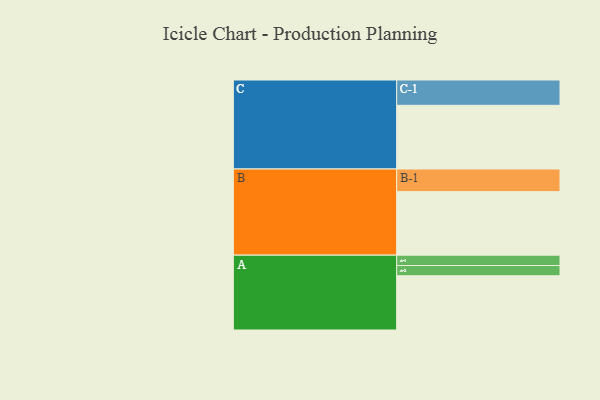
{"axis": {"x": "Segment", "y": "Value"}, "legend": ["", "A", "B", "C"], "data": [{"x": "A", "y": 345, "type": ""}, {"x": "B", "y": 404, "type": ""}, {"x": "C", "y": 405, "type": ""}, {"x": "A-1", "y": 66, "type": "A"}, {"x": "A-2", "y": 65, "type": "A"}, {"x": "B-1", "y": 144, "type": "B"}, {"x": "C-1", "y": 161, "type": "C"}]}